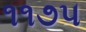
૧૧૭૫